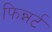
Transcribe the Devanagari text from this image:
फिन्नर्ट